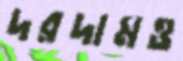
দরদামও